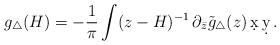
LaTeX: \begin{align*}g_{\triangle}(H)=-\frac{1}{\pi}\int (z-H)^{-1} \,\partial_{\bar{z}}\tilde{g}_\triangle(z) \,\d x \, \d y\,.\end{align*}